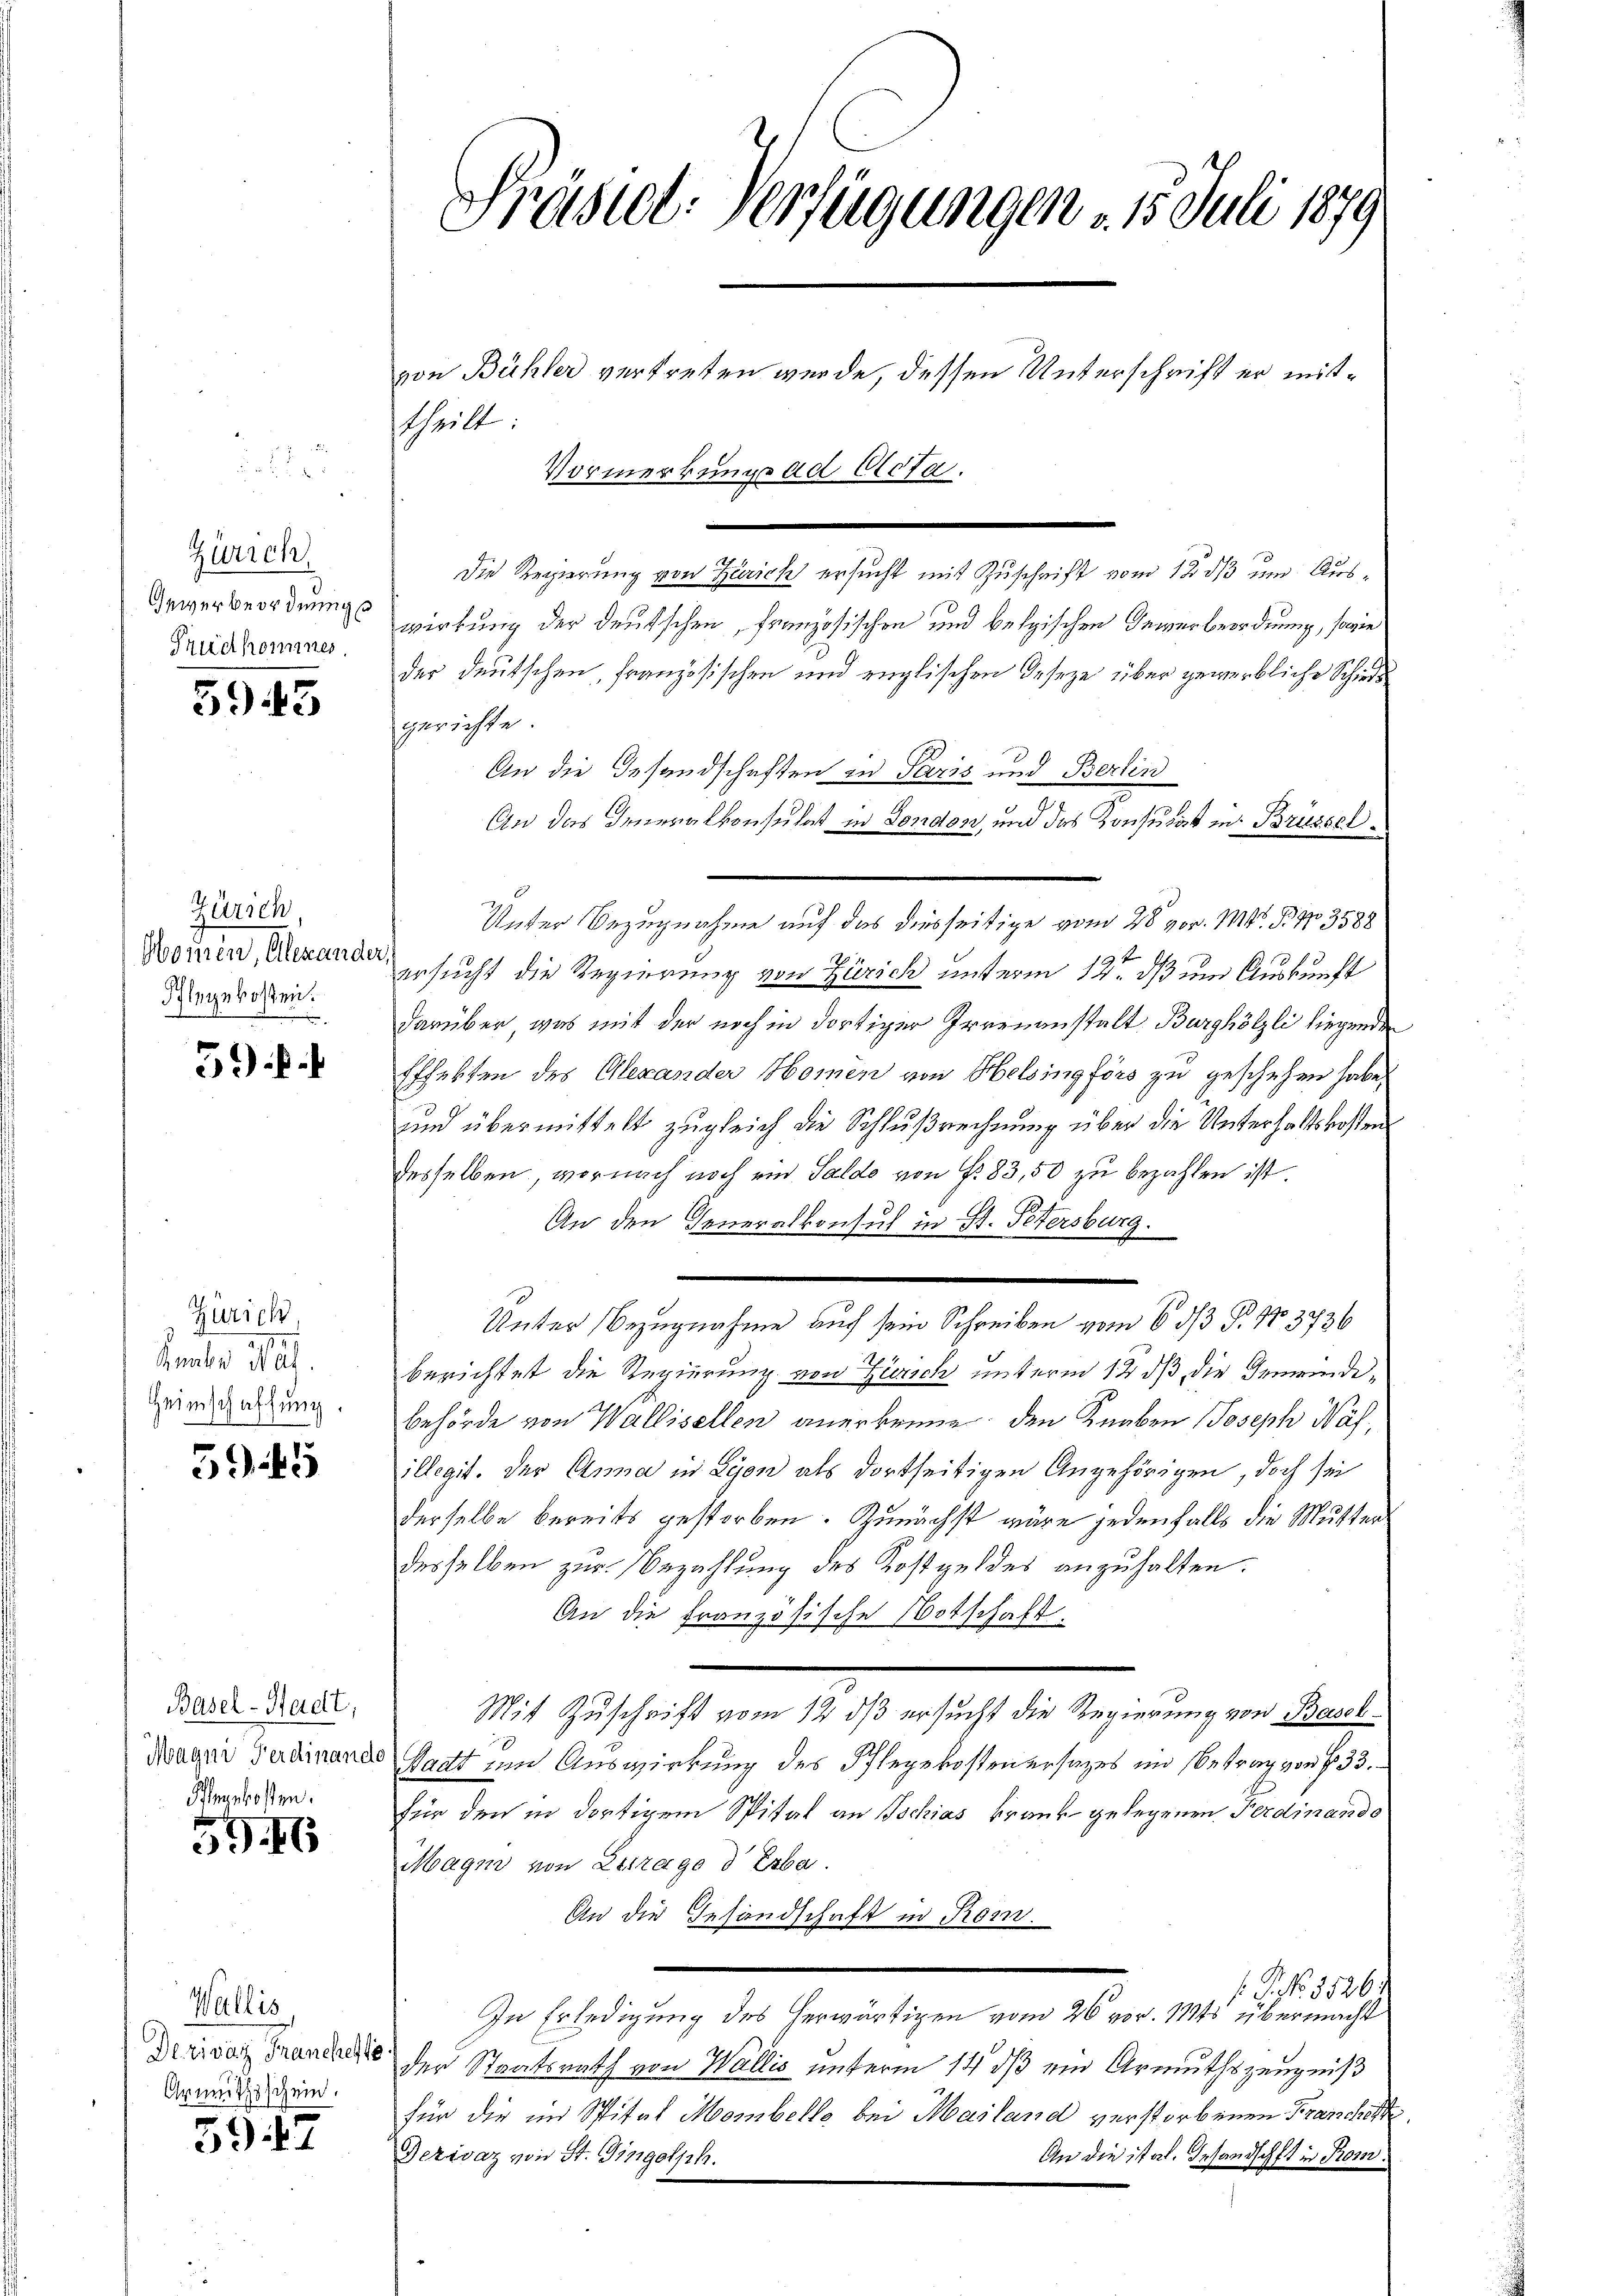
Zürich
Gewerbeordnung e
Prudkomines

5943

Zürich
Wonnen, Alexander
Flegekosten.
2

39

Zürich
Zaube dat.
Heimschaffung.

5945

Basel-Stadt,
Magen Ferdinand
Penkosten.

596

Wallis
Derivat Franches so
Armuthsschein.

597

Präseel. Verfügungen . 15. Juli 1879

von Bühler vertreten werde, dessen Unterschrift er mittheilt:
Vormerkungs ad Clefa.
.
Die Regierung von Zürich ersucht mit Zuschrift vom 12. ds um Auswirkung der deutschen, französischen und belgischen Gewerbeordnung, sowie
der deutschen, französischen und englischen Geseze über gewerbliche Schieds
gerichte.
An die Gesandschaften in Paris und Berlin
An das Generalkonsulat in London, und das Konsulat in Brüssel
Unter Bezugnahme auf das diesseitige vom 28 vor. Mtt. B No 3588
ersucht die Regierung von Zürich unterm 12. ds um Auskunft
darüber, was mit der noch in dortiger Irrenanstalt Burghölzli liegende
Effekten des Alexander Homen von Helsingförs zu geschehen habe,
und übermittelt zugleich die Schlußrechnung über die Unterhaltskosten
desselben, wornach noch und Saldo von fr. 83,50 zu bezahlen ist
An den Generalkonsul in St. Petersburg.
e
Unter Bezugnahme auf sein Schreiben vom 6 1/3 Fr. 173736
berichtet die Regierung von Zürich unterm 12 dß die Gemeinde¬
Behörde von Wallisellen anerkenne den Knaben Joseph Nähillegit. Der Anna in Lyon als dortseitigen Angehörigen, doch sei
derselbe bereits gestorben. Zunächst wäre jedenfalls die Mutter
desselben zur Bezahlung des Kostgeldes anzuhalten.
An die französische Botschaft
Mit Zuschrift vom 12 dß ersucht die Regierung von Basch¬
Stadt um Auswirkung des Pflegekosten ersages im Betrag von § 33.
für den in dortigem Spital an Tschias krank gelegenen Ferdinando
Magen von Estrage d Erba
An die Gesandschaft in Rom.
1 Pf. 85261
In Erledigung des herwärtigen vom 26 vor. Mts übermacht
der Staatsrath von Wallis unterm 14. ds ein Armuthszeugniß
für die im Spital Mombelle bei Mailand verstorbenen Franches
An die ital. Gesandschaft in Rom.
Dezivaz von St. Gingolph.